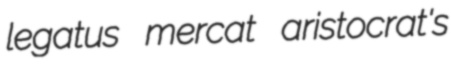
legatus mercat aristocrat's